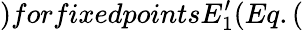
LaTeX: )forfixedpointsE_{1}^{\prime}(Eq.(